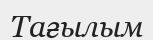
Тағылым